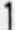
1